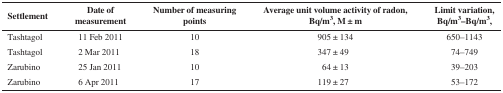
<table><thead><tr><td><b>Settlement</b></td><td><b>Date of measurement</b></td><td><b>Number of measuring points</b></td><td><b>Average unit volume activity of radon, Bq/m<sup>3</sup>, M ± m</b></td><td><b>Limit variation, Bq/m<sup>3</sup>–Bq/m<sup>3</sup>,</b></td></tr></thead><tbody><tr><td>Tashtagol</td><td>11 Feb 2011</td><td>10</td><td>905 ± 134</td><td>650–1143</td></tr><tr><td>Tashtagol</td><td>2 Mar 2011</td><td>18</td><td>347 ± 49</td><td>74–749</td></tr><tr><td>Zarubino</td><td>25 Jan 2011</td><td>10</td><td>64 ± 13</td><td>39–203</td></tr><tr><td>Zarubino</td><td>6 Apr 2011</td><td>17</td><td>119 ± 27</td><td>53–172</td></tr></tbody></table>